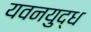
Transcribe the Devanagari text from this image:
यवनयुद्ध